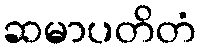
ဆမာပတိတံ